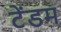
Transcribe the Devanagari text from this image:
टेंडम